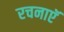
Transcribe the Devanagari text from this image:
रचनाएॅ